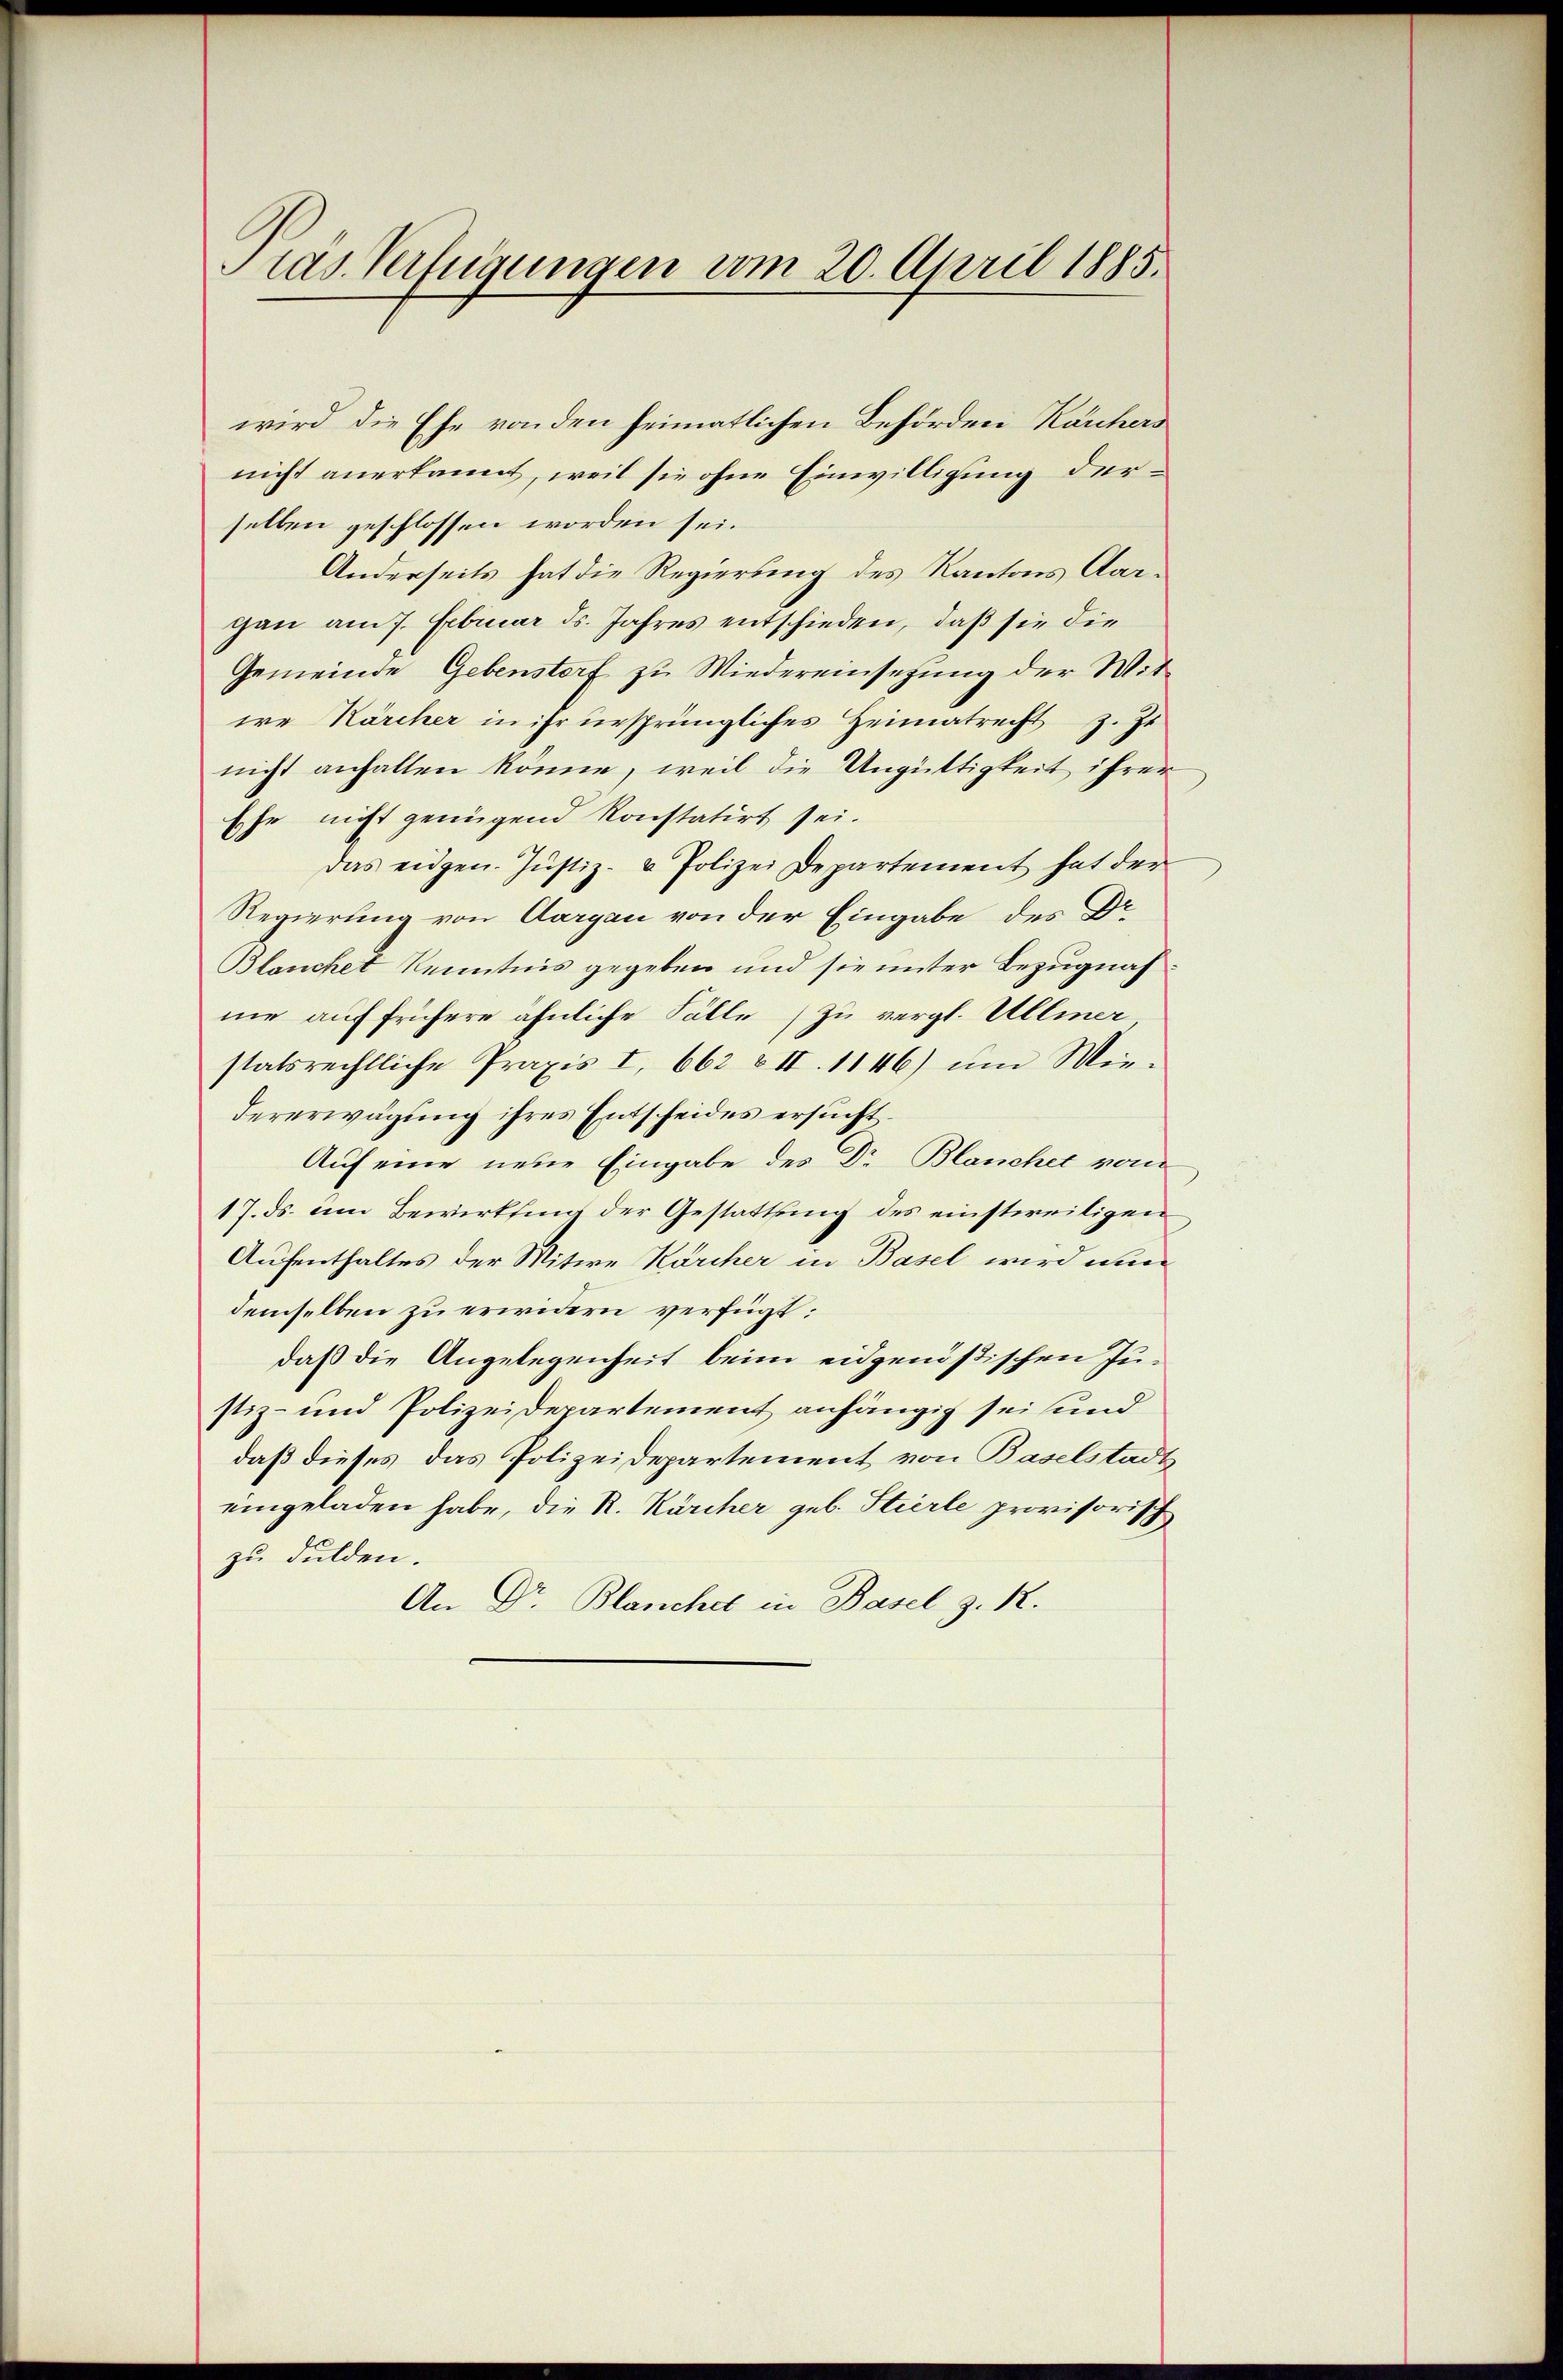
tas Verfügungen vom 20. April 1885.

wird die Ehe von den heimatlichen Behörden Kauhers
nicht anerkannt, weil sie ohne Einwilligung derselben geschlossen worden sei.
Anderseits hat die Regierung des Kantons Aargau am 7. Februar ds. Jahres entschieden, daß sie die
Gemeinde Gebenstorf zu Wiedereinsetzung der Witie Kärcher in ihr ursprüngliches Heimatrecht z. Ze
nicht anhalten könne, weil die Ungültigkeit ihrer
sehr nicht genügend konstatirt sei.
Das eidgen. Justiz- & Polizei Departement hat der
—
Regierung von Aargau von der Eingabe des Dr
Blanchet Kenntnis gegeben und sie unter Bezugnahme auf frühere ähnliche Fälle zu vergl. Ullmer
statsrechtliche Praxis I, 662 & II. 1146) um Wiedererwägung ihres Entscheides ersucht.
Auf eine neue Eingabe des Dr Blanchet vom
17. ds. um Bewirkung der Gestattung des einstweiligen
Aufenthaltes der Witwe Karcher in Basel wird nun
demselben zu erwidern verfügt:
daß die Angelegenheit beim eidgenößischen Justiz- und Polizeidepartement anhängig sei und
daß dieses das Polizeidepartement von Baselstadt
eingeladen habe, die R. Kärcher geb. Stierle provisorisch
zu dulden.
An Dr. Blanchel in Basel z. R.